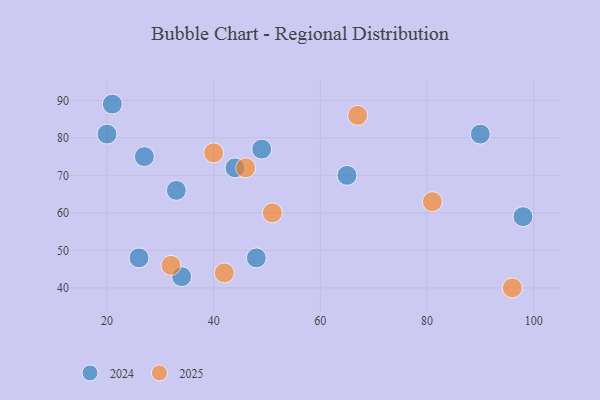
{"axis": {"x": "GDP", "y": "Life Expectancy"}, "legend": ["2024", "2025"], "data": [{"x": "51", "y": 60, "type": "2025"}, {"x": "81", "y": 63, "type": "2025"}, {"x": "96", "y": 40, "type": "2025"}, {"x": "67", "y": 86, "type": "2025"}, {"x": "42", "y": 44, "type": "2025"}, {"x": "40", "y": 76, "type": "2025"}, {"x": "46", "y": 72, "type": "2025"}, {"x": "32", "y": 46, "type": "2025"}, {"x": "33", "y": 66, "type": "2024"}, {"x": "20", "y": 81, "type": "2024"}, {"x": "90", "y": 81, "type": "2024"}, {"x": "65", "y": 70, "type": "2024"}, {"x": "26", "y": 48, "type": "2024"}, {"x": "21", "y": 89, "type": "2024"}, {"x": "98", "y": 59, "type": "2024"}, {"x": "48", "y": 48, "type": "2024"}, {"x": "49", "y": 77, "type": "2024"}, {"x": "34", "y": 43, "type": "2024"}, {"x": "44", "y": 72, "type": "2024"}, {"x": "27", "y": 75, "type": "2024"}]}